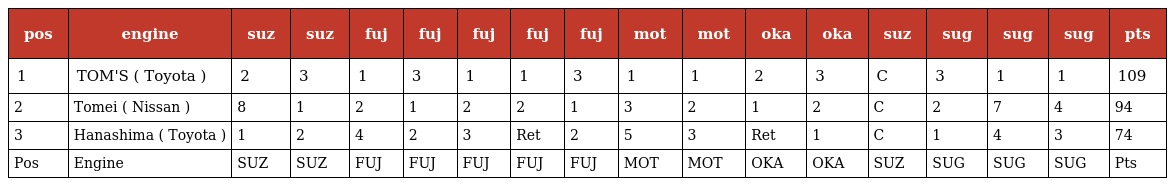
| pos | engine | suz | suz | fuj | fuj | fuj | fuj | fuj | mot | mot | oka | oka | suz | sug | sug | sug | pts |
 | --- | --- | --- | --- | --- | --- | --- | --- | --- | --- | --- | --- | --- | --- | --- | --- | --- | --- |
 | 1 | TOM'S ( Toyota ) | 2 | 3 | 1 | 3 | 1 | 1 | 3 | 1 | 1 | 2 | 3 | C | 3 | 1 | 1 | 109 |
 | 2 | Tomei ( Nissan ) | 8 | 1 | 2 | 1 | 2 | 2 | 1 | 3 | 2 | 1 | 2 | C | 2 | 7 | 4 | 94 |
 | 3 | Hanashima ( Toyota ) | 1 | 2 | 4 | 2 | 3 | Ret | 2 | 5 | 3 | Ret | 1 | C | 1 | 4 | 3 | 74 |
 | Pos | Engine | SUZ | SUZ | FUJ | FUJ | FUJ | FUJ | FUJ | MOT | MOT | OKA | OKA | SUZ | SUG | SUG | SUG | Pts |